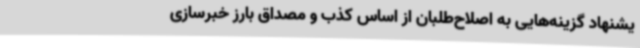
یشنهاد گزینه‌هایی به اصلاح‌طلبان از اساس کذب و مصداق بارز خبرسازی